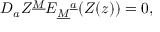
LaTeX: { D } _ { a } Z ^ { \underline { { M } } } E _ { \underline { { M } } } { } ^ { \underline { { a } } } ( Z ( z ) ) = 0 ,